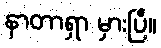
နာတာရှာ မှားပြီ။